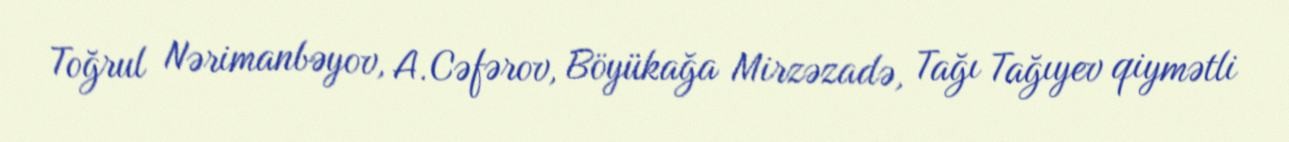
Toğrul Nərimanbəyov, A.Cəfərov, Böyükağa Mirzəzadə, Tağı Tağıyev qiymətli